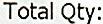
TOTAL QTY: